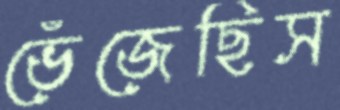
ভেঁজেছিস